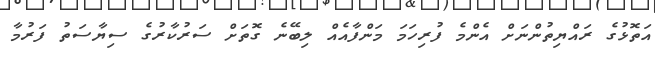
އަތޮޅުގެ ރައްޔިތުންނަށް އެންމެ ފުރިހަމަ މަންފާއެއް ލިބޭނެ ގޮތަށް ސަރުކާރުގެ ސިޔާސަތު ފަރުމާ